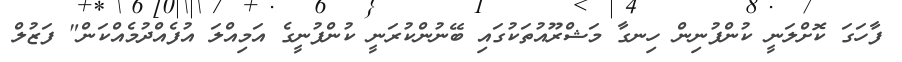
ފާހަގަ ކޮށްލަނީ ކުންފުނިން ހިނގާ މަޝްރޫއުތަކުގައި ބޭނުންކުރަނީ ކުންފުނީގެ އަމިއްލަ އުފެއްދުމެއްކަން" ފަޒުލް